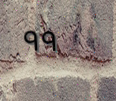
٩٩